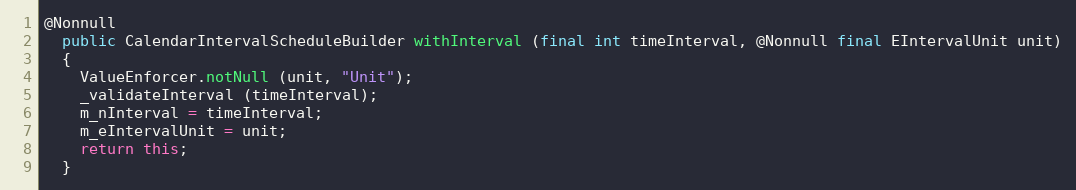
Language: Java
@Nonnull
  public CalendarIntervalScheduleBuilder withInterval (final int timeInterval, @Nonnull final EIntervalUnit unit)
  {
    ValueEnforcer.notNull (unit, "Unit");
    _validateInterval (timeInterval);
    m_nInterval = timeInterval;
    m_eIntervalUnit = unit;
    return this;
  }